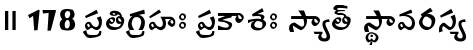
॥ 178 ప్రతిగ్రహః ప్రకాశః స్యాత్ స్థావరస్య